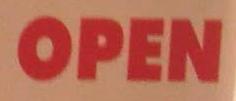
open